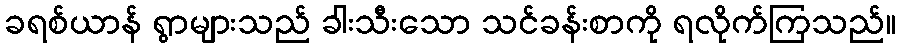
ခရစ်ယာန် ရွာများသည် ခါးသီးသော သင်ခန်းစာကို ရလိုက်ကြသည်။